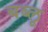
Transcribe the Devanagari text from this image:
बब्लू